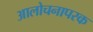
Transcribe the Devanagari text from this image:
आलोचनापरक